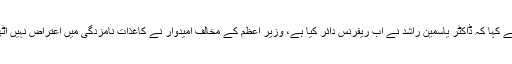
انہوں نے کہا کہ ڈاکٹر یاسمین راشد نے اب ریفرنس دائر کیا ہے، وزیر اعظم کے مخالف امیدوار نے کاغذات نامزدگی میں اعتراض نہیں اٹھایا تھا۔